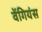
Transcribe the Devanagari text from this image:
वेंगियंस